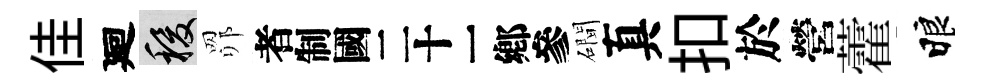
佳廻稷𦊑识磵真扣於營藿睱